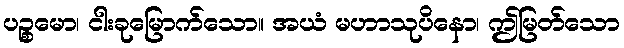
ပဉ္စမော၊ ငါးခုမြောက်သော။ အယံ မဟာသုပိနော၊ ဤမြတ်သော